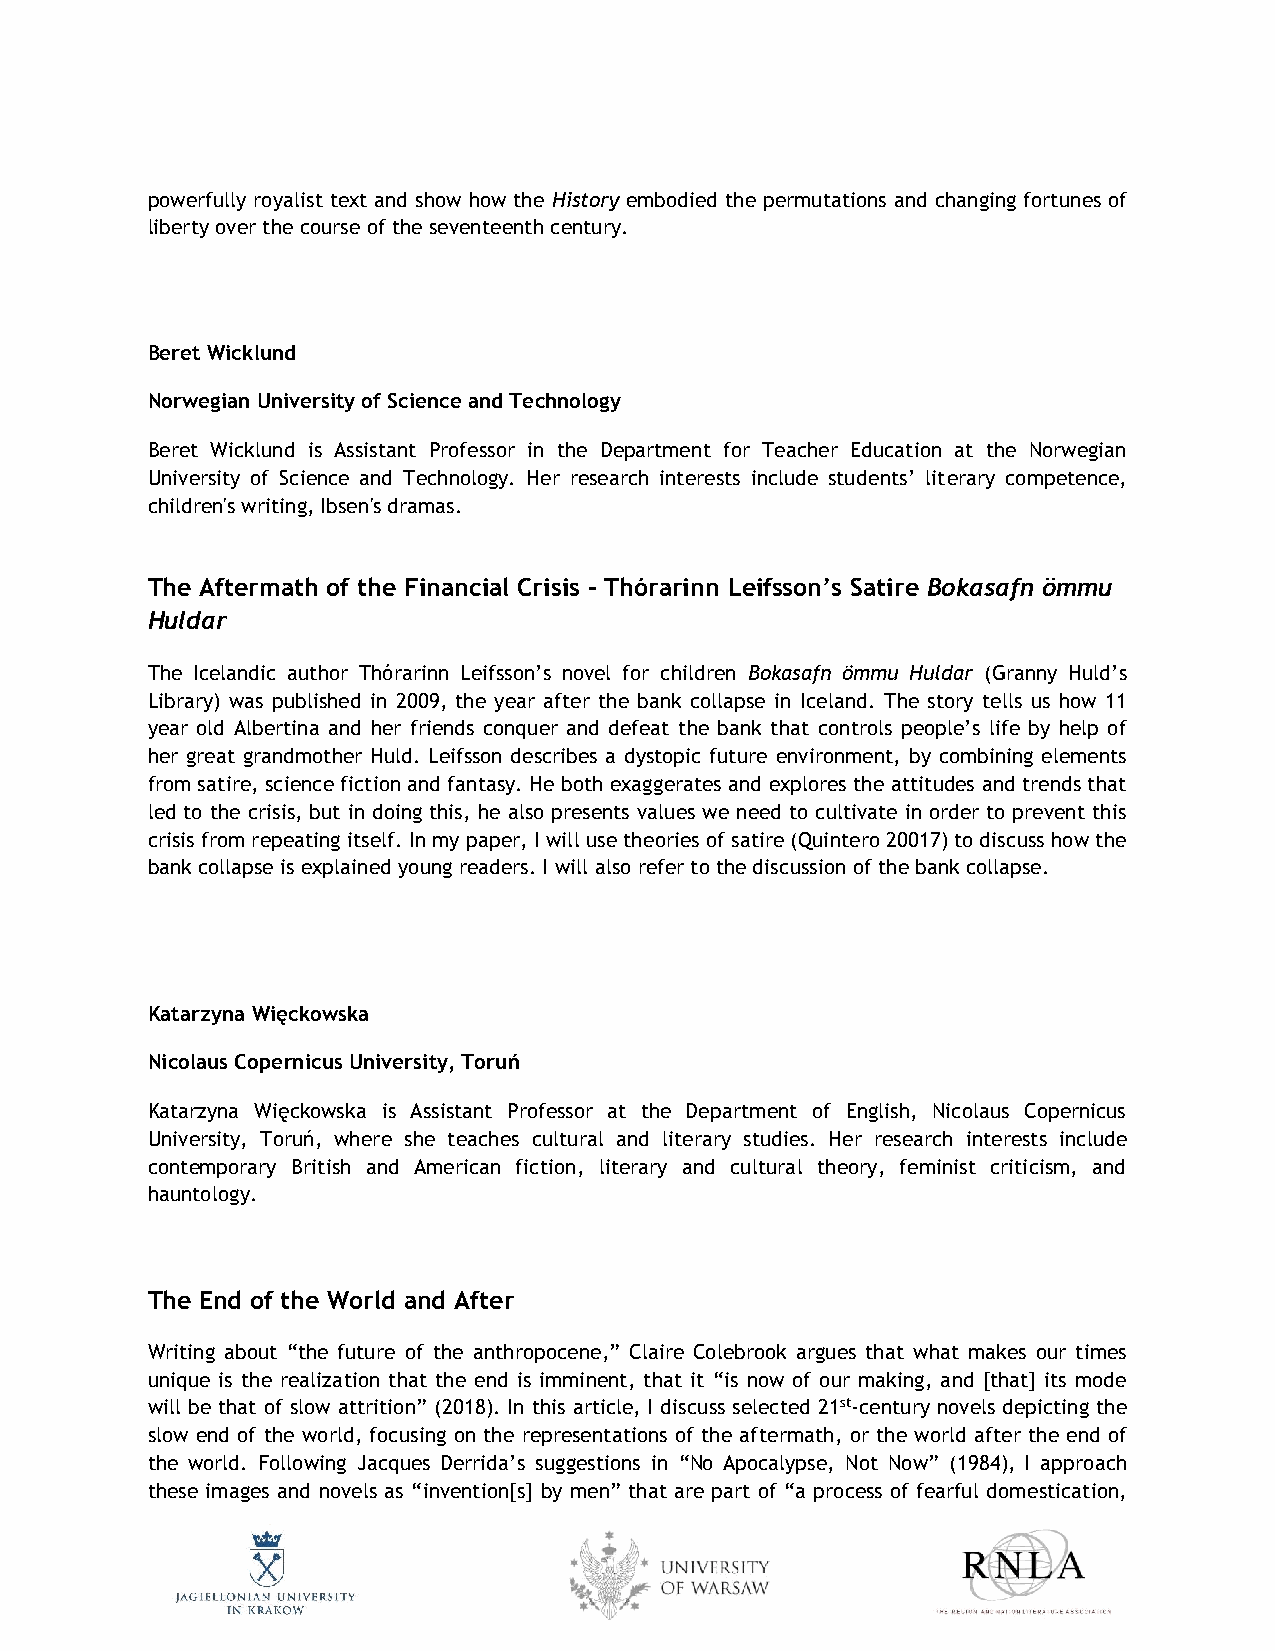
powerfully royalist text and show how the History embodied the permutations and changing fortunes of
 liberty over the course of the seventeenth century.
 Beret Wicklund
 Norwegian University of Science and Technology
 Beret Wicklund is Assistant Professor in the Department for Teacher Education at the Norwegian
 University of Science and Technology. Her research interests include students’ literary competence,
 children's writing, Ibsen's dramas.
 The Aftermath of the Financial Crisis – Thórarinn Leifsson’s Satire Bokasafn ömmu
 Huldar
 The Icelandic author Thórarinn Leifsson’s novel for children Bokasafn ömmu Huldar (Granny Huld’s
 Library) was published in 2009, the year after the bank collapse in Iceland. The story tells us how 11
 year old Albertina and her friends conquer and defeat the bank that controls people’s life by help of
 her great grandmother Huld. Leifsson describes a dystopic future environment, by combining elements
 from satire, science fiction and fantasy. He both exaggerates and explores the attitudes and trends that
 led to the crisis, but in doing this, he also presents values we need to cultivate in order to prevent this
 crisis from repeating itself. In my paper, I will use theories of satire (Quintero 20017) to discuss how the
 bank collapse is explained young readers. I will also refer to the discussion of the bank collapse.
 Katarzyna Więckowska
 Nicolaus Copernicus University, Toruń
 Katarzyna Więckowska is Assistant Professor at the Department of English, Nicolaus Copernicus
 University, Toruń, where she teaches cultural and literary studies. Her research interests include
 contemporary British and American fiction, literary and cultural theory, feminist criticism, and
 hauntology.
 The End of the World and After
 Writing about “the future of the anthropocene,” Claire Colebrook argues that what makes our times
 unique is the realization that the end is imminent, that it “is now of our making, and [that] its mode
 will be that of slow attrition” (2018). In this article, I discuss selected 21st-century novels depicting the
 slow end of the world, focusing on the representations of the aftermath, or the world after the end of
 the world. Following Jacques Derrida’s suggestions in “No Apocalypse, Not Now” (1984), I approach
 these images and novels as “invention[s] by men” that are part of “a process of fearful domestication,